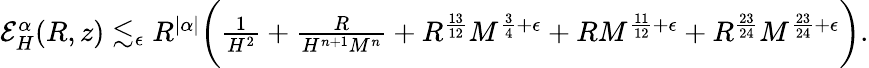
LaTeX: \begin{array}{r}{\mathcal{E}_{H}^{\alpha}(R,z)\lesssim_{\epsilon}R^{|\alpha|}\biggr(\frac{1}{H^{2}}+\frac{R}{H^{n+1}M^{n}}+R^{\frac{13}{12}}M^{\frac{3}{4}+\epsilon}+RM^{\frac{11}{12}+\epsilon}+R^{\frac{23}{24}}M^{\frac{23}{24}+\epsilon}\biggr).}\end{array}